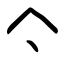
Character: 亽